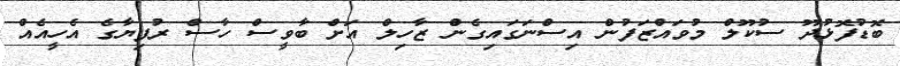
ބޮޑުފޮޅުދޫ ސުކޫލް މުވައްޒަފުން އިސްނަގައިގެން ޒާހިލް އަށް ބާވީސް ހާސް ރުފިޔާގެ އެހީއެއް